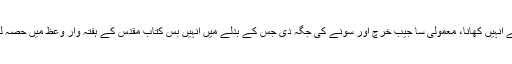
بعد میں ابراہیم علی کی ملاقات ایک عراقی عیسائی سے ہوئی جو انہیں چرچ لے گئے جہاں چرچ نے انہیں کھانا، معمولی سا جیب خرچ اور سونے کی جگہ دی جس کے بدلے میں انہیں بس کتابِ مقدس کے ہفتہ وار وعظ میں حصہ لینا تھا، ابراہیم علی کا کہنا ہے کہ ایسی نشستوں کے بیشتر حاضرین شام اور عراق کے مسلمان ہیں۔